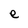
Character: e